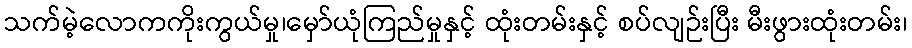
သက်မဲ့လောကကိုးကွယ်မှု၊မှော်ယုံကြည်မှုနှင့် ထုံးတမ်းနှင့် စပ်လျဉ်းပြီး မီးဖွားထုံးတမ်း၊